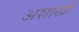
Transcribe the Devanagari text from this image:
अशाखी